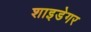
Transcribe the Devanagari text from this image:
शाइडेगर